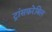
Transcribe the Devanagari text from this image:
ट्रांसफ़रेबिल